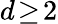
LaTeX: d\! \geq\! 2